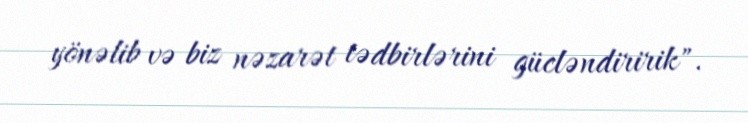
yönəlib və biz nəzarət tədbirlərini gücləndiririk".